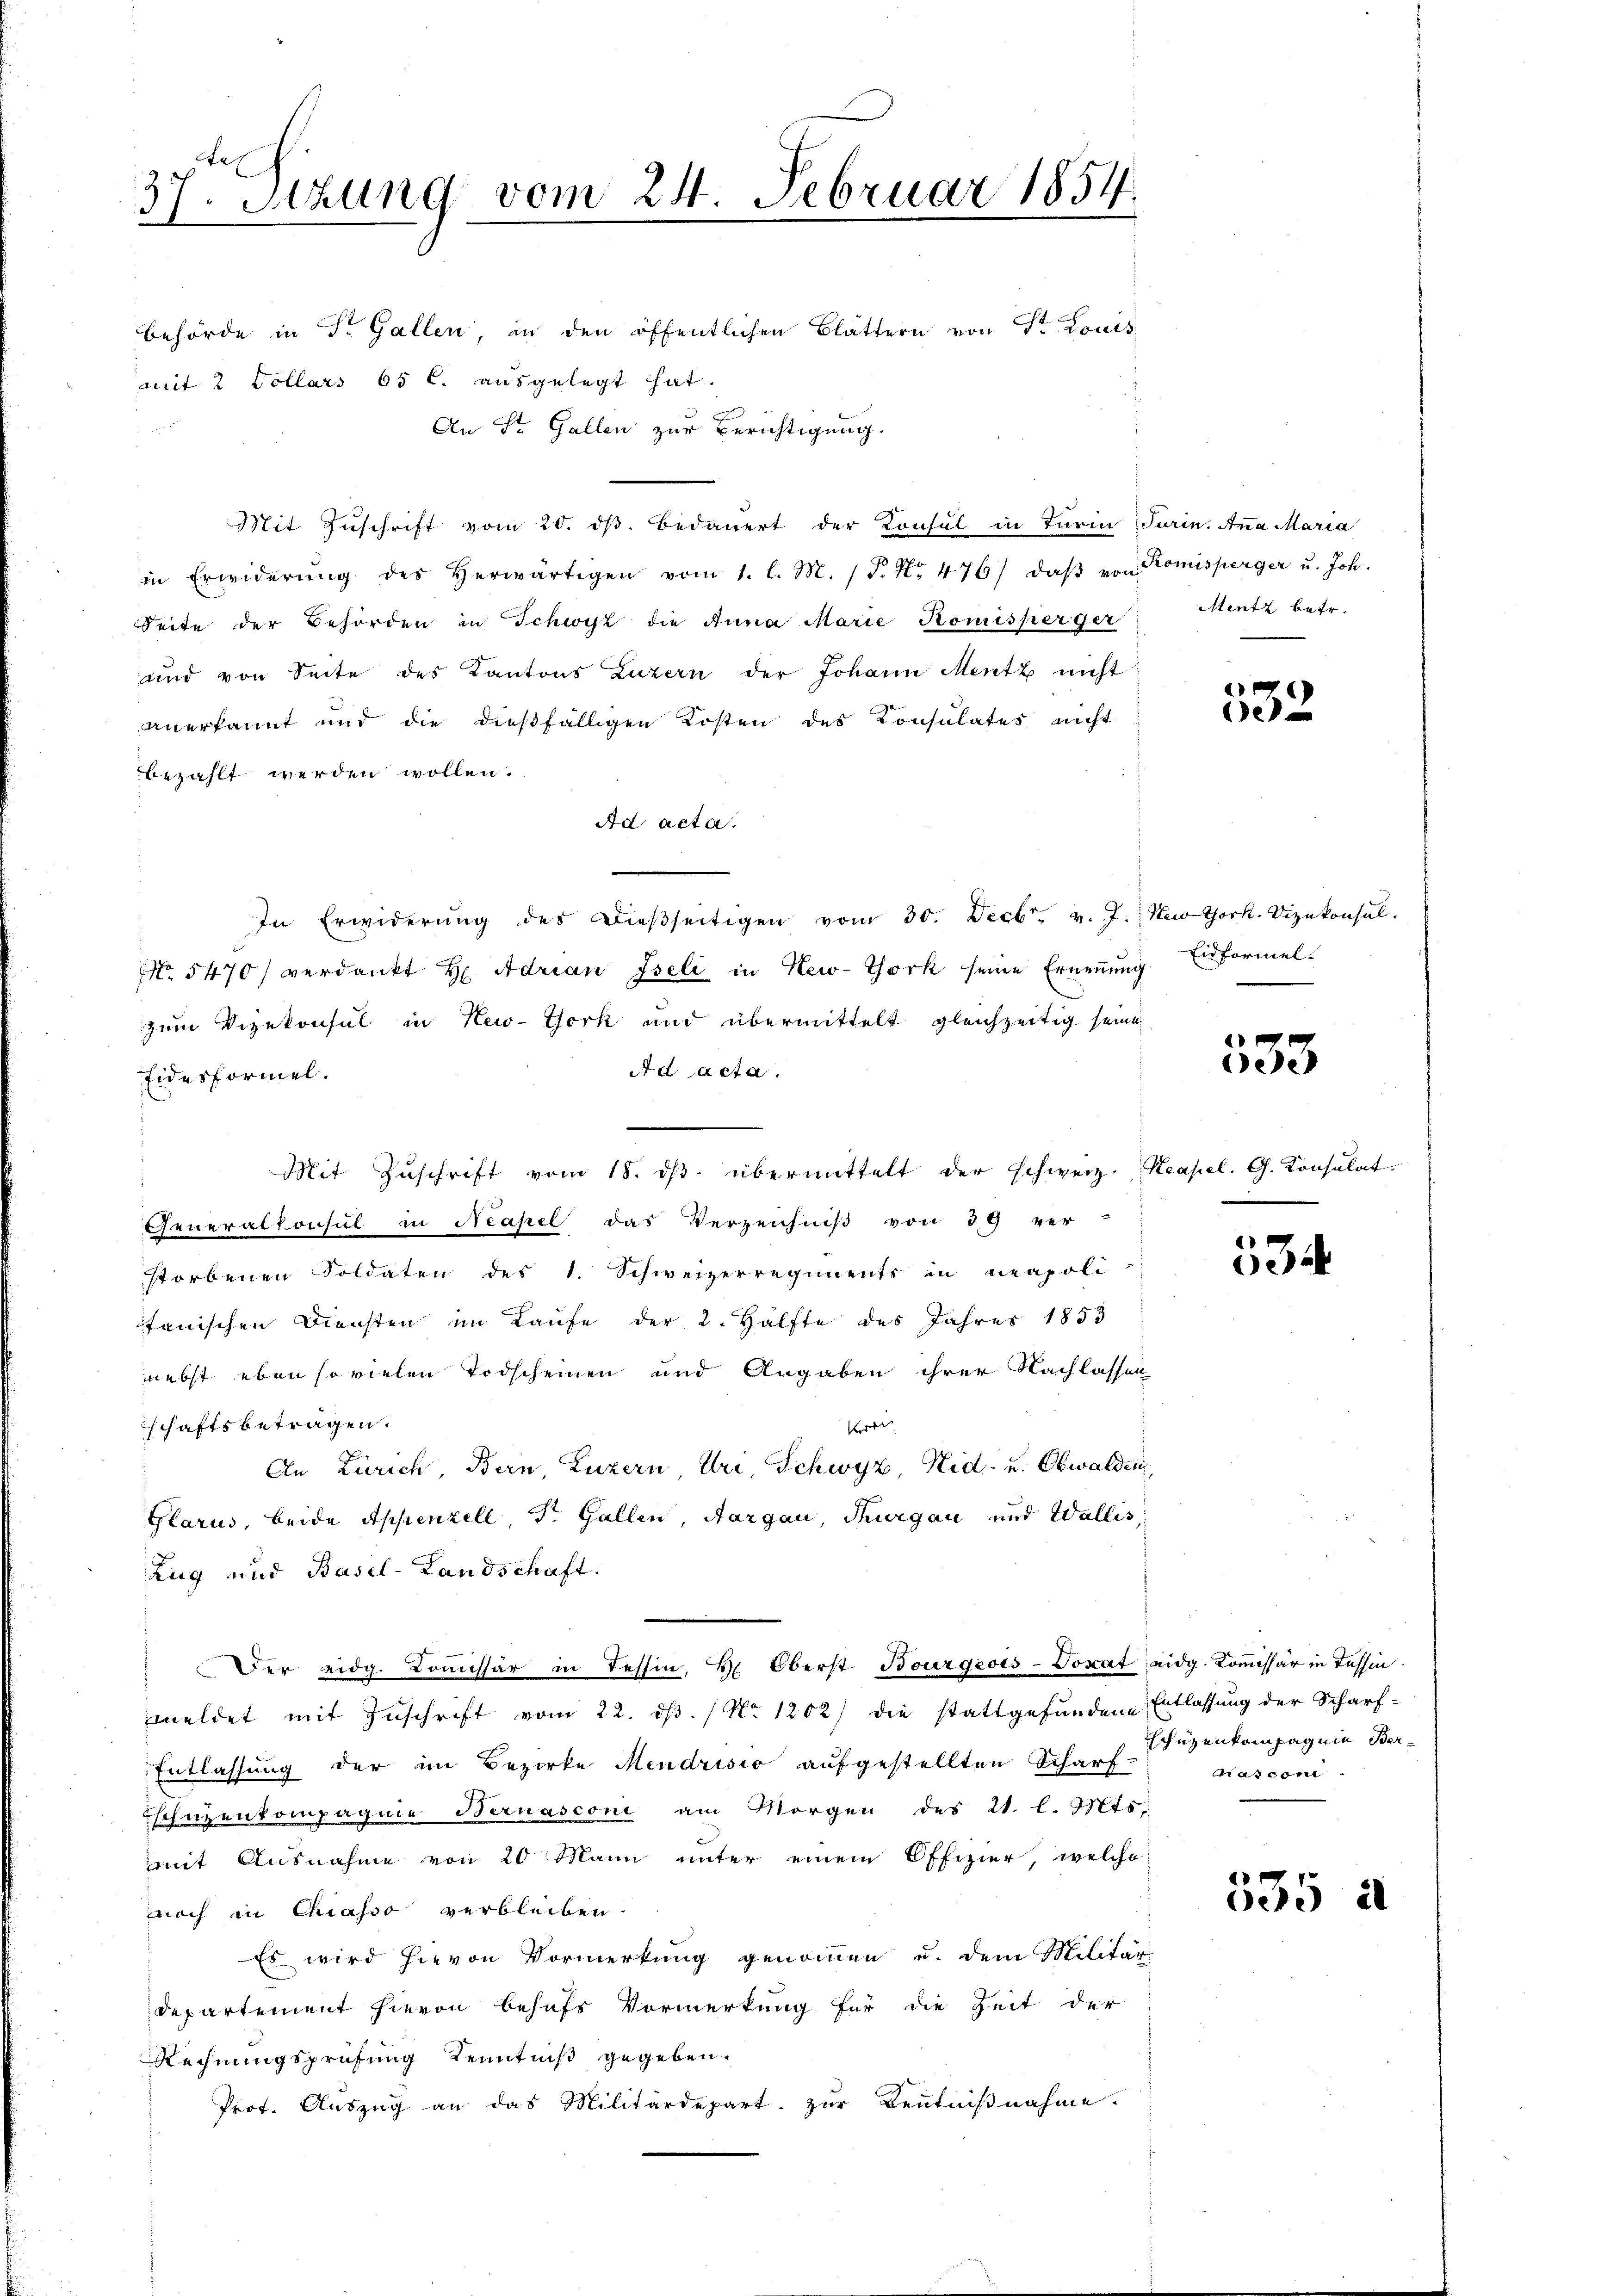
37. Setzung vom 24. Februar 1854.

behörde in Dr. Gallen, in den öffentlichen Blättern von Sr. Louis
mit 2 Dollars 65 l. ausgelegt hat.
An St. Gallen zur Berichtigung.
Mit Zuschrift vom 20. dß. Bedauert der Konsul in Turin Turin. Anna Maria
in Erwiderŭng des herwärtigen vom 1. l. M. P. Nr. 476/ daβ von Komisperger u. Joh.
Seite der Behörden in Schwyz die Anna Marie Komisperger Mentz betr.
und von Seite des Kantons Luzern der Johann Mentz nicht
anerkannt und die dießfälligen Kosten des Konsulates nicht
bezahlt werden wollen.
Ad acta.
In Erwiderŭng des dieβseitigen vom 30. Decbr. v. J. New York. Vizekonsul-
NNo. 5470/ verdankt H. Adrian Iseli in New-York seine Ernennung Einformel-
zum Vizekonsul in New-York und übermittelt gleichzeitig seine
Ad acta.
Eidesformel.
x
Mit Zuschrift vom 18. ds. übermittelt der schweiz. Neapel. G. Konsulat
Generalkonsul in Neapel das Verzeichniß von 39 ver-
storbenen Soldaten des 1. Schweizerregiments in neapoli-
tanischen Diensten im Laufe der 2. Hälfte des Jahres 1853
nebst eben sovielen Todscheinen und Angaben ihrer Nachlassen
schaftsbetragen.
re
An Zürich, Bern, Luzern Uri, Schwyz, Nid- u. Obwalden,
Glarus, beide Appenzell, St. Gallen, Aargau, Thurgau und Wallis,
Zug und Basel-Landschaft.
Der eidg. Kommissär in Tessin, H. Oberst Bourgeois-Voxat eidg. Kommissär in Tessin
meldet mit Zuschrift vom 22. dß. / No 1202) die stattgefundene Entlassung der Scharf-
Entlassung der im Bezirke Mendrisio aufgestellten Scharf-
schützenkompagnie Bernasconi am Morgen des 21. l. Mts.
mit Ausnahme von 20 Mann unter einem Offizier, welche
noch in Chiasso verbleiben.
Es wird hievon Vormerkung genommen u. dem Militär
departement hievon behufs Vormerkung für die Zeit der
Rechnungsprüfung Kenntniß gegeben.
Prof. Auszug an das Militärdepart zur Kenntnißnahme.

e
e

533

de

Schützenkompagnie Ber-
asconi.

535 à